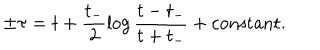
\pm \tau = t + \frac { t _ { - } } { 2 } \log \frac { t - t _ { - } } { t + t _ { - } } + \mathrm { c o n s t a n t } .